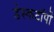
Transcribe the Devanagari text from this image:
डेस्कटॉपों